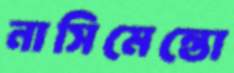
নাসিমেন্তো